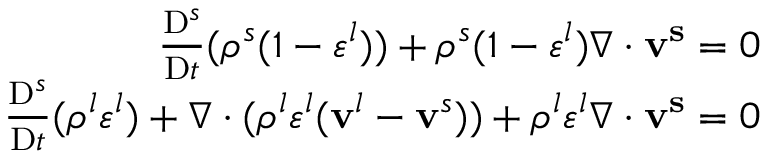
\begin{array} { r } { \frac { \mathrm { D } ^ { s } } { \mathrm { D } t } ( \rho ^ { s } ( 1 - \varepsilon ^ { l } ) ) + \rho ^ { s } ( 1 - \varepsilon ^ { l } ) \nabla \cdot \mathbf { v ^ { s } } = 0 } \\ { \frac { \mathrm { D } ^ { s } } { \mathrm { D } t } ( \rho ^ { l } \varepsilon ^ { l } ) + \nabla \cdot ( \rho ^ { l } \varepsilon ^ { l } ( \mathbf { v } ^ { l } - \mathbf { v } ^ { s } ) ) + \rho ^ { l } \varepsilon ^ { l } \nabla \cdot \mathbf { v ^ { s } } = 0 } \end{array}